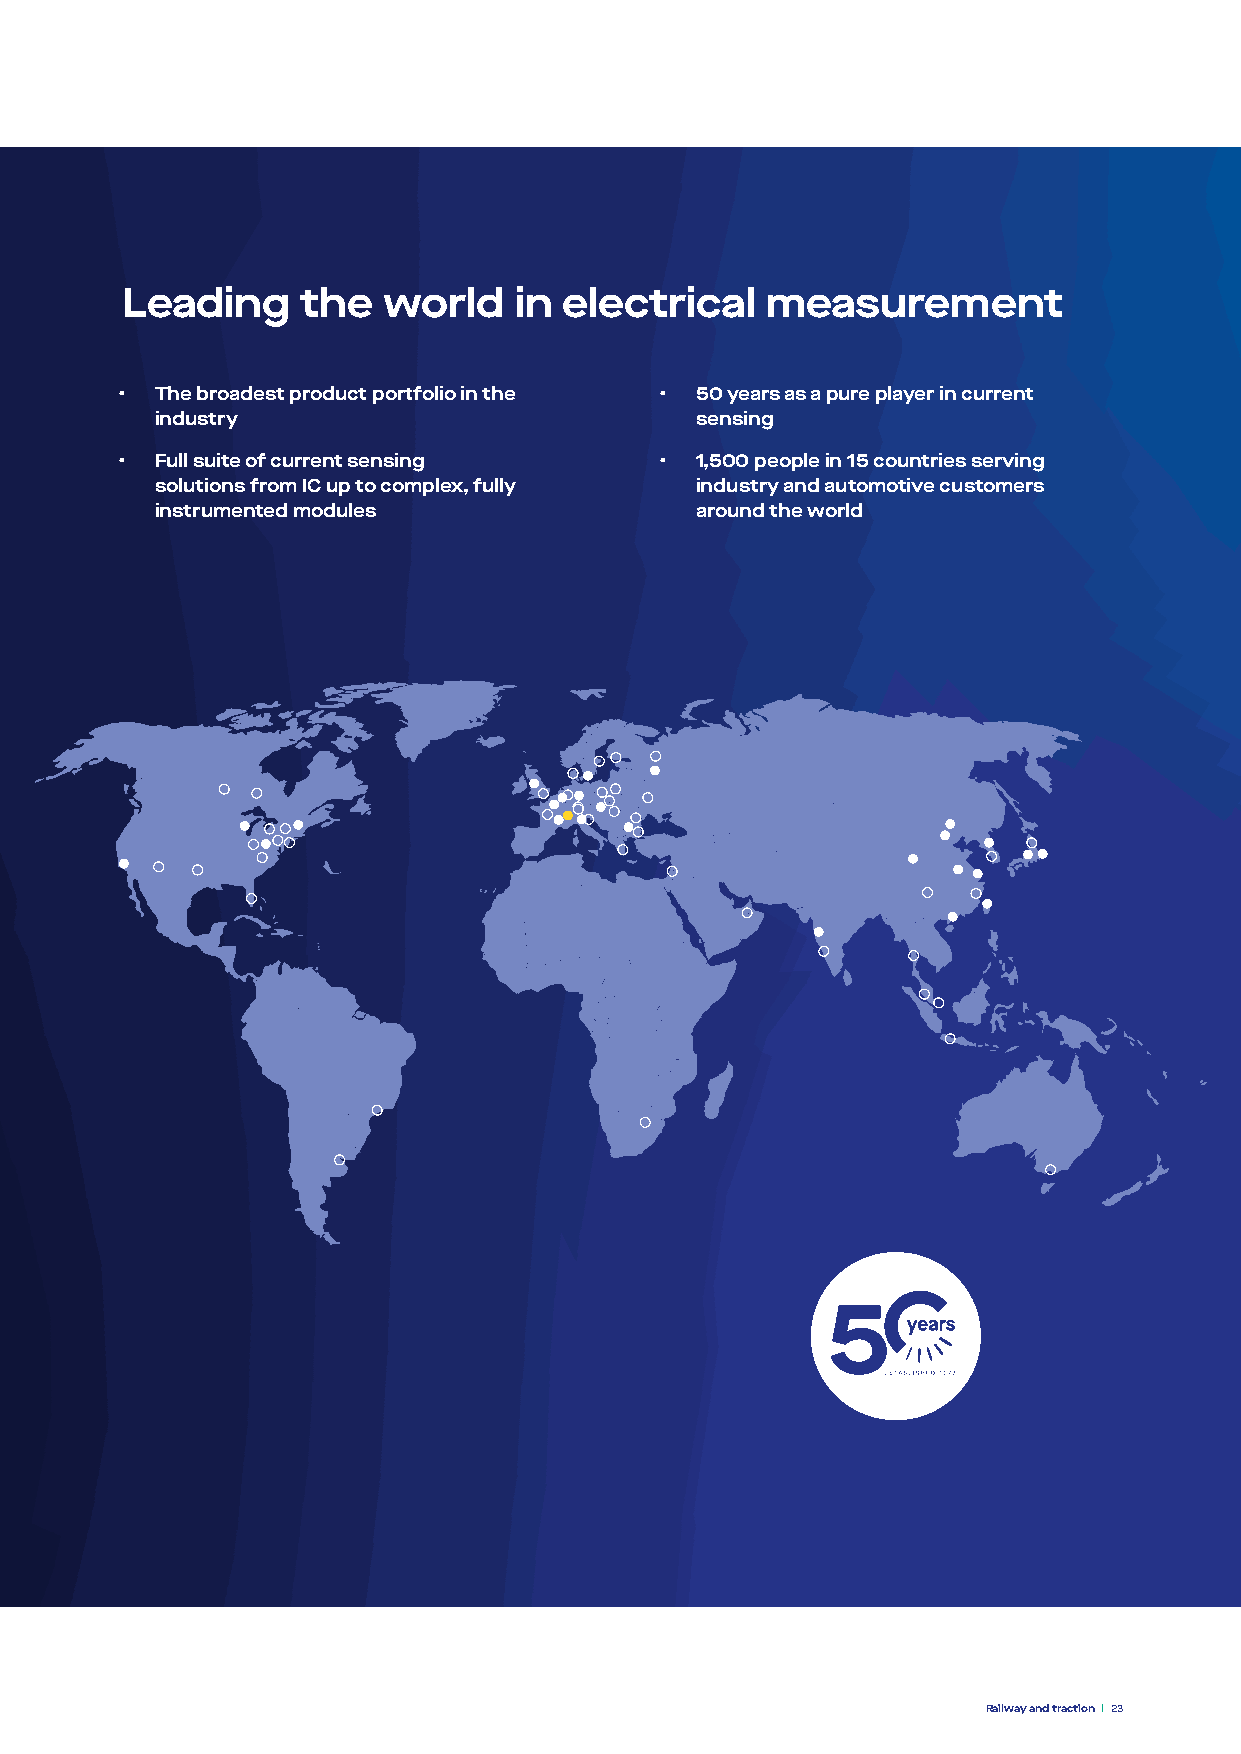
Leading     the  world    in electrical    measurement
 • The broadest product portfolio in the • 50 years as a pure player in current
 industry                            sensing
 • Full suite of current sensing     • 1,500 people in 15 countries serving
 solutions from IC up to complex, fully industry and automotive customers
 instrumented modules                around the world
 Railway and traction 23